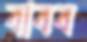
বাবব